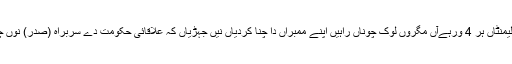
علاقائی پارلیمنٹاں ہر 4 ورہےآں مگروں لوک چوناں راہیں اپنے ممبراں دا چنا کردیاں نیں جہڑیاں کہ علاقائی حکومت دے سربراہ (صدر) نوں چن دیاں نیں۔